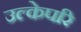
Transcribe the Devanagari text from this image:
उल्केपरि